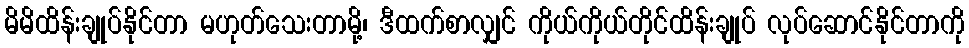
မိမိထိန်းချုပ်နိုင်တာ မဟုတ်သေးတာမို့၊ ဒီထက်စာလျှင် ကိုယ်ကိုယ်တိုင်ထိန်းချုပ် လုပ်ဆောင်နိုင်တာကို